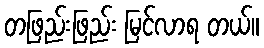
တဖြည်းဖြည်း မြင်လာရ တယ်။